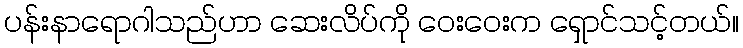
ပန်းနာရောဂါသည်ဟာ ဆေးလိပ်ကို ဝေးဝေးက ရှောင်သင့်တယ်။